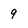
Character: 9